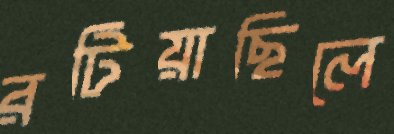
রটিয়াছিলে